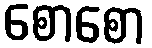
စောစော